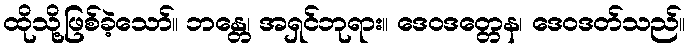
ထိုသို့ဖြစ်ခဲ့သော်။ ဘန္တေ၊ အရှင်ဘုရား။ ဒေဝဒတ္တေန၊ ဒေဝဒတ်သည်။